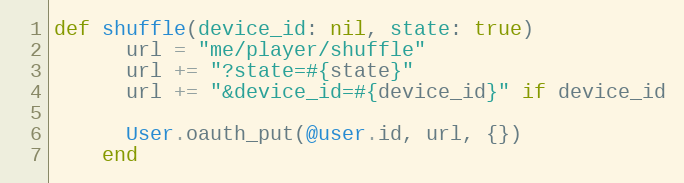
Language: Ruby
def shuffle(device_id: nil, state: true)
      url = "me/player/shuffle"
      url += "?state=#{state}"
      url += "&device_id=#{device_id}" if device_id

      User.oauth_put(@user.id, url, {})
    end